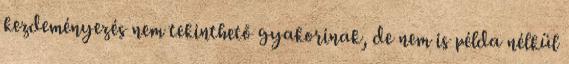
kezdeményezés nem tekinthető gyakorinak, de nem is példa nélkül